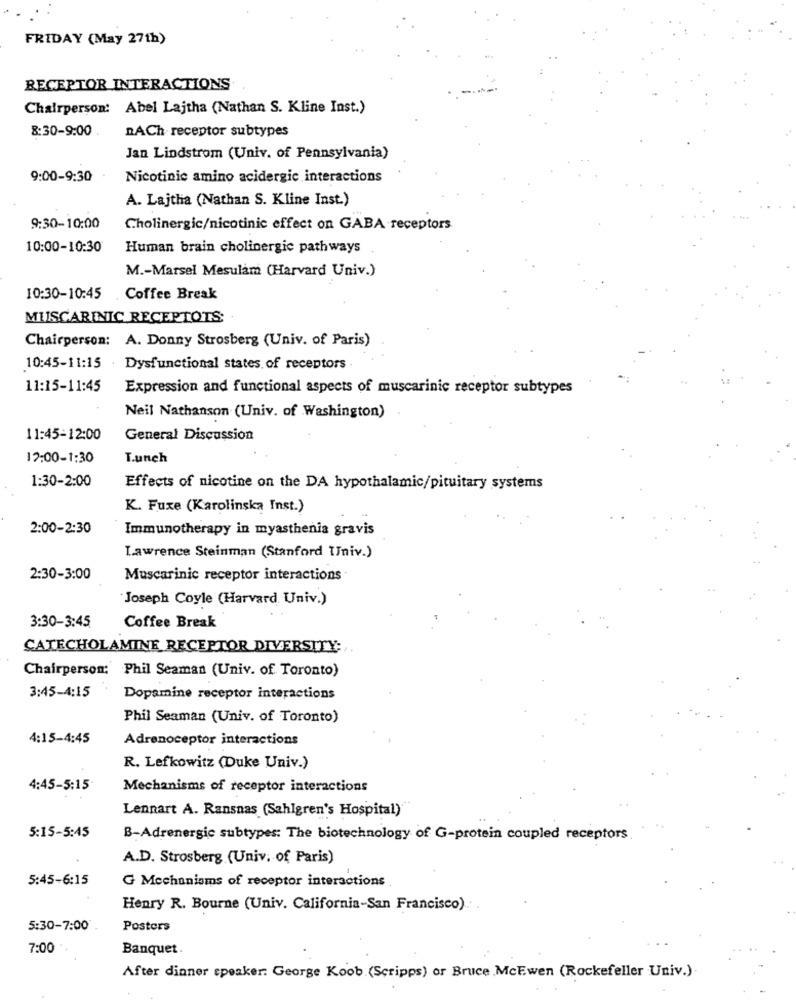
FRIDAY (May 27th)
RECEPTOR INTERACTIONS
Chairperson: Abel Lajtha (Nathan S. Kline Inst.)
8:30-9:00
DACh receptor subtypes
Jan Lindstrom (Univ. of Pennsylvania)
9:00-9:30
Nicotinic amino acidergic interactions
A. Lajtha (Nathan S. Kline Inst.)
9:30-10:00
Cholinergic/nicotinic effect on GABA receptors
10:00-10:30
Human brain cholinergic pathways
M .- Marsel Mesulam (Harvard Univ.)
10:30-10:45
Coffee Break
MUSCARINIC RECEPTOTS:
Chairperson: A. Donny Strosberg (Univ. of Paris)
10:45-11:15 Dysfunctional states of receptors
11:15-11:45
Expression and functional aspects of muscarinic receptor subtypes
Neil Nathanson (Univ. of Washington)
11:45-12:00
General Discussion
12:00-1:30
T.unch
1:30-2:00
Effects of nicotine on the DA hypothalamic/pituitary systems
K. Fuxe (Karolinska Inst.)
2:00-2:30
Immunotherapy in myasthenia gravis
Lawrence Steinman (Stanford Univ.)
2:30-3:00
Muscarinic receptor interactions
Joseph Coyle (Harvard Univ.)
3:30-3:45
Coffee Break
CATECHOLAMINE RECEPTOR DIVERSITY:
Chairperson: Phil Seaman (Univ. of Toronto)
3:45-4:15
Dopamine receptor interactions
Phil Seaman (Univ. of Toronto)
4:15-4:45
Adrenoceptor interactions
R. Lefkowitz (Duke Univ.)
4:45-5:15
Mechanisms of receptor interactions
Lennart A. Ransnas (Sahlgren's Hospital)
5:15-5:45
B-Adrenergic subtypes: The biotechnology of G-protein coupled receptors
A.D. Strosberg (Univ. of Paris)
5:45-6:15
G Mechanisms of receptor interactions
Henry R. Bourne (Univ. California-San Francisco)
5:30-7:00
Posters
7:00
Banquet.
After dinner speaker: George Koob (Scripps) or Bruce MCEwen (Rockefeller Univ.).